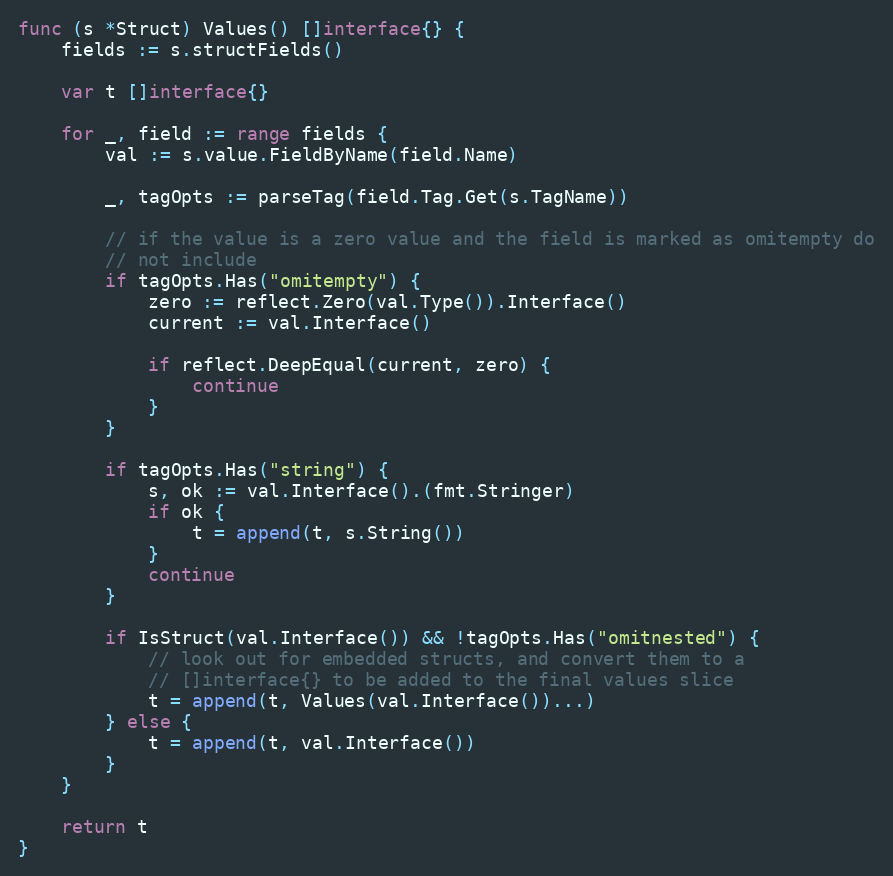
Language: Go
func (s *Struct) Values() []interface{} {
	fields := s.structFields()

	var t []interface{}

	for _, field := range fields {
		val := s.value.FieldByName(field.Name)

		_, tagOpts := parseTag(field.Tag.Get(s.TagName))

		// if the value is a zero value and the field is marked as omitempty do
		// not include
		if tagOpts.Has("omitempty") {
			zero := reflect.Zero(val.Type()).Interface()
			current := val.Interface()

			if reflect.DeepEqual(current, zero) {
				continue
			}
		}

		if tagOpts.Has("string") {
			s, ok := val.Interface().(fmt.Stringer)
			if ok {
				t = append(t, s.String())
			}
			continue
		}

		if IsStruct(val.Interface()) && !tagOpts.Has("omitnested") {
			// look out for embedded structs, and convert them to a
			// []interface{} to be added to the final values slice
			t = append(t, Values(val.Interface())...)
		} else {
			t = append(t, val.Interface())
		}
	}

	return t
}